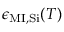
\epsilon _ { \mathrm { M I , S i } } ( T )